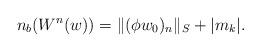
LaTeX: \begin{align*} n_b(W^n(w))=\lVert (\phi w_0)_n\rVert_S+\lvert m_k\rvert.\end{align*}